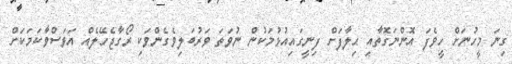
ގިނަ މީހުނަށް ހީވެފަ އޮންނަގޮތާއި ޙިލާފަށް ފިނީގައިއުޅުމަކުން ނުވަތަ ވަރުބަލިވެގެންވަކި ރޯގާޖެހޭލެއް އަވަސްވާކަމަކަށް